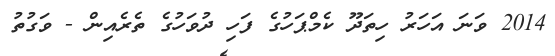
2014 ވަނަ އަހަރު ހިތަދޫ ކެމްޕަހުގެ ފަހި ދުވަހުގެ ތެރެއިން - ވަގުތު